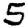
Digit: 5